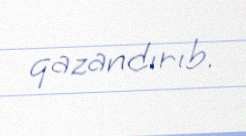
qazandırıb.